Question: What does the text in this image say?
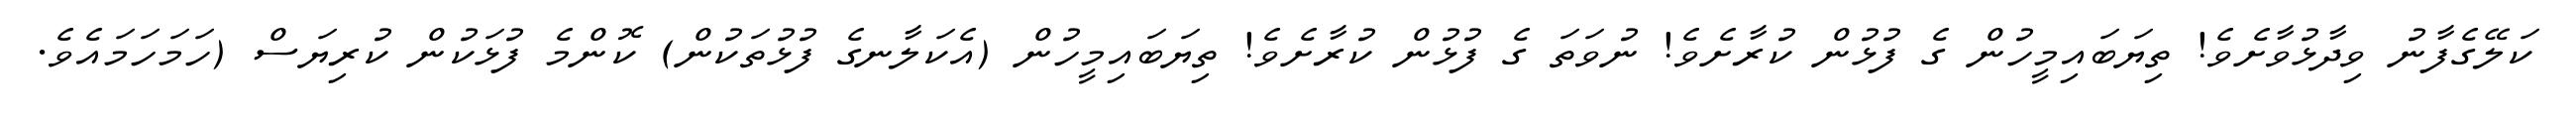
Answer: ކަލޭގެފާނު ވިދާޅުވާށެވެ! ތިޔަބައިމީހުން ގެ ފުޅުން ކުރާށެވެ! ނުވަތަ ގެ ފުޅުން ކުރާށެވެ! ތިޔަބައިމީހުން (އެކަލާނގެ ފުޅުތަކުން) ކޮންމެ ފުޅަކުން ކުރިޔަސް (ހަމަހަމައެވެ.